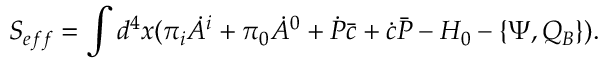
S _ { e f f } = \int d ^ { 4 } x ( \pi _ { i } \dot { A } ^ { i } + \pi _ { 0 } \dot { A } ^ { 0 } + \dot { \cal P } \bar { c } + \dot { c } \bar { \cal P } - { \cal H } _ { 0 } - \{ \Psi , Q _ { B } \} ) .